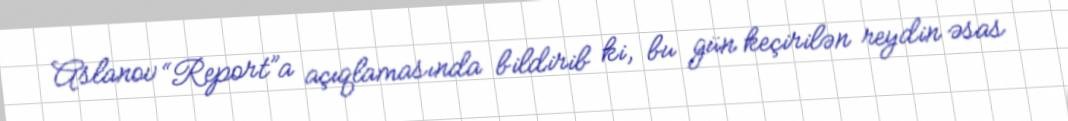
Aslanov “Report”a açıqlamasında bildirib ki, bu gün keçirilən reydin əsas